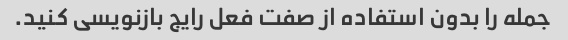
جمله را بدون استفاده از صفت فعل رایج بازنویسی کنید.